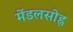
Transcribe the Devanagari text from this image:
मेंडलसोह्न